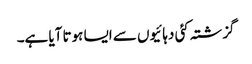
گزشتہ کئی دہائیوں سے ایسا ہوتا آیا ہے۔